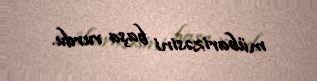
mübarizəsini başa vurdu.